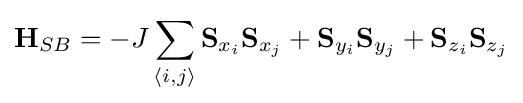
\mathbf {H} _{SB}=-J\sum _{\langle i,j\rangle }\mathbf {S} _{x_{i}}\mathbf {S} _{x_{j}}+\mathbf {S} _{y_{i}}\mathbf {S} _{y_{j}}+\mathbf {S} _{z_{i}}\mathbf {S} _{z_{j}}